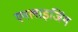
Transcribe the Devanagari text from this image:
एनलाइजिंग